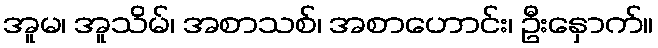
အူမ၊ အူသိမ်၊ အစာသစ်၊ အစာဟောင်း၊ ဦးနှောက်။